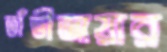
তাঁতীজায়ার